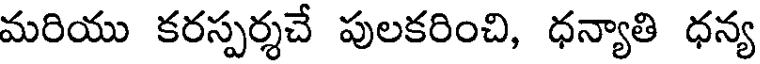
మరియు కరస్పర్శచే పులకరించి, ధన్యాతి ధన్య